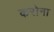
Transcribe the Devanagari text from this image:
करोना